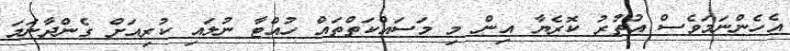
އެހެންނަމަވެސް އުތުރު ކޮރެޔާ އިން މި މަސައްކަތްތައް ހުއްޓާ ނުލައި ކުރިއަށް ގެންދާނަމަ